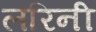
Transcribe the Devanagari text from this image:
लरिनी